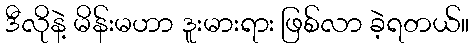
ဒီလိုနဲ့ မိန်းမဟာ ဒူးမားရား ဖြစ်လာ ခဲ့ရတယ်။